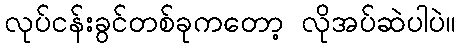
လုပ်ငန်းခွင်တစ်ခုကတော့ လိုအပ်ဆဲပါပဲ။